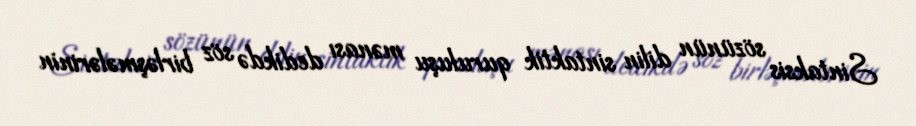
Sintaksis sözünün dilin sintaktik quruluşu mənası dedikdə söz birləşmələrinin